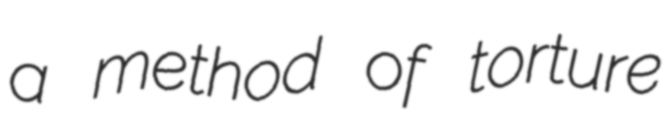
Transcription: a method of torture